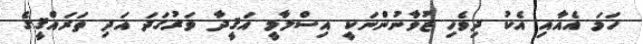
ހަމަ އެއާއި އެކު ދިވެހި ޒުވާނުންނަކީ އިސްލާމީ އަޤީދާ ވަރުގަދަ އަދި ތަރައްޤީގެ